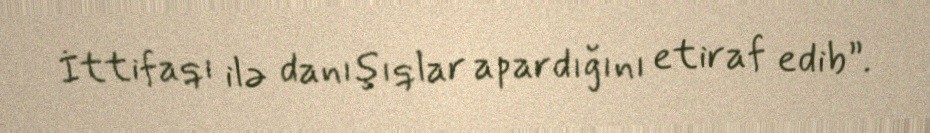
İttifaqı ilə danışıqlar apardığını etiraf edib”.